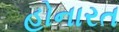
હોનારત